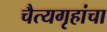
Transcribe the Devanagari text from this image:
चैत्यगृहांचा